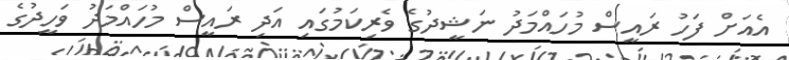
އެއަށް ފަހު ރައީސް މުހައްމަދު ނަޝީދުގެ ވެރިކަމުގައި އަދި ރައީސް މުހައްމަދު ވަހީދުގެ